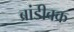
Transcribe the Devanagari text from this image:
ब्रांडीबक